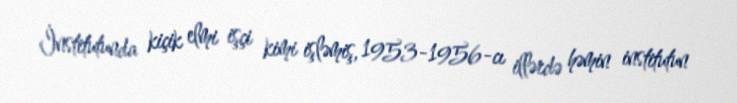
İnstitutunda kiçik elmi işçi kimi işləmiş, 1953-1956-cı illərdə həmin institutun